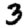
Digit: 3